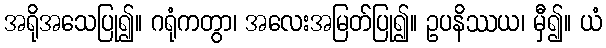
အရိုအသေပြု၍။ ဂရုံကတွာ၊ အလေးအမြတ်ပြု၍။ ဥပနိဿယ၊ မှီ၍။ ယံ